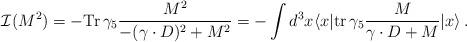
LaTeX: \begin{align*}{\cal I}(M^2) = -{\rm Tr} \, \gamma_5 {M^2 \over -(\gamma\cdot D)^2 +M^2} = - \int d^3x \langle x|{\rm tr}\, \gamma_5 {M\over \gamma\cdot D + M} | x \rangle \, .\end{align*}